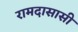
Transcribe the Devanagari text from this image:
रामदासासी